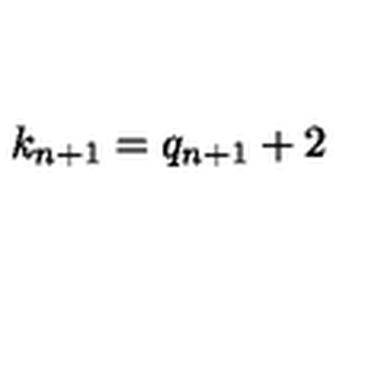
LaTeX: k _ { n + 1 } = q _ { n + 1 } + 2